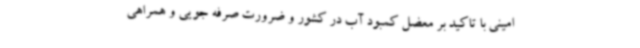
امینی با تاکید بر معضل کمبود آب در کشور و ضرورت صرفه جویی و همراهی